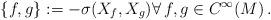
LaTeX: \begin{align*} \{f,g\} := - \sigma(X_f,X_g) \forall\,f,g\in C^\infty(M) \,.\end{align*}